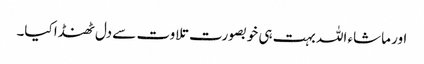
اور ماشاء اللہ بہت ہی خوبصورت تلاوت سے دل ٹھنڈا کیا۔